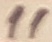
Text: 11